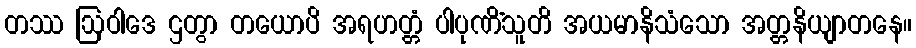
တဿ ဩဝါဒေ ဌတွာ တယောပိ အရဟတ္တံ ပါပုဏိံသူတိ အယမာနိသံသော အတ္တနိယျာတနေ။